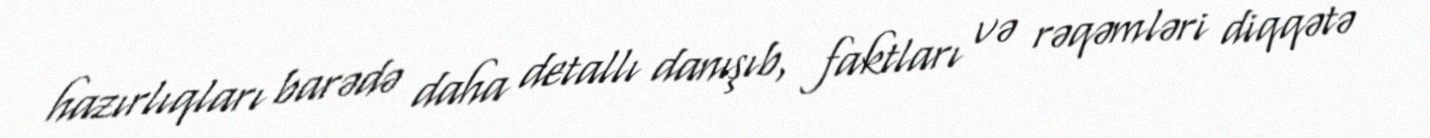
hazırlıqları barədə daha detallı danışıb, faktları və rəqəmləri diqqətə